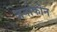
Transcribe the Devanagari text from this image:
जनोफोन